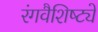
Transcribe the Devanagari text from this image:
रंगवैशिष्ट्ये